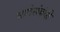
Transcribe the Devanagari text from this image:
भाषेसंबंधी